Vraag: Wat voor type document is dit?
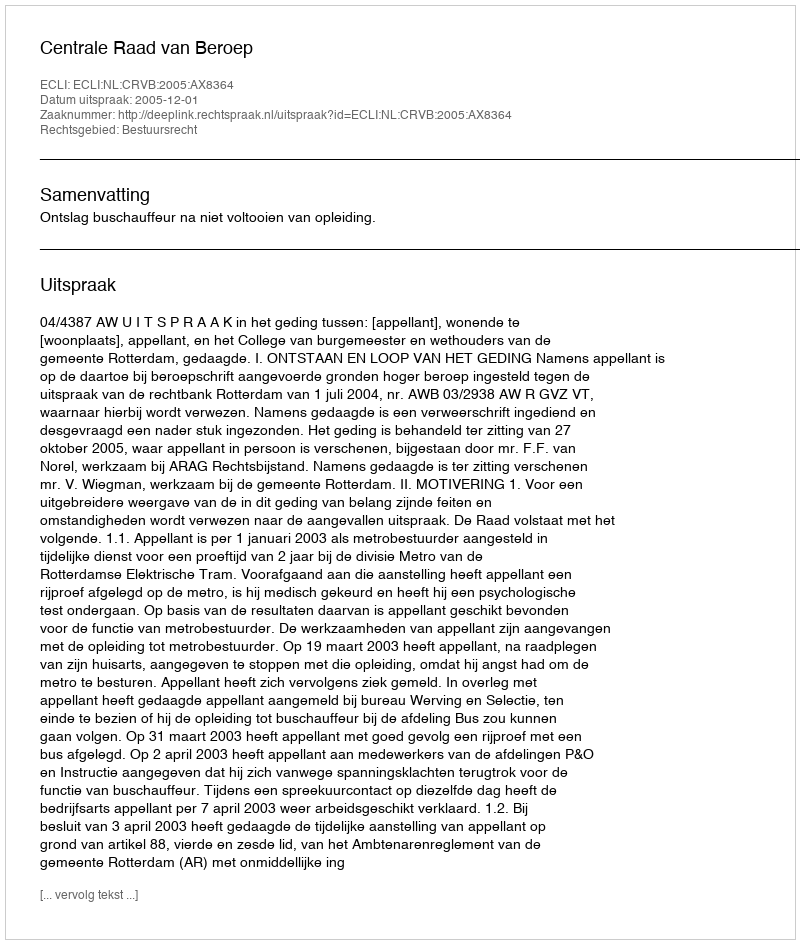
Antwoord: Uitspraak